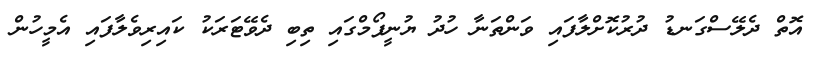
އޮތް ދެލޭސްގަނޑު ދުރުކޮށްލާފައި ވަންތަނާ ހުދު ޔުނީފޯމްގައި ތިބި ދެވޭޓަރަކު ކައިރިވެލާފައި އެމީހުން